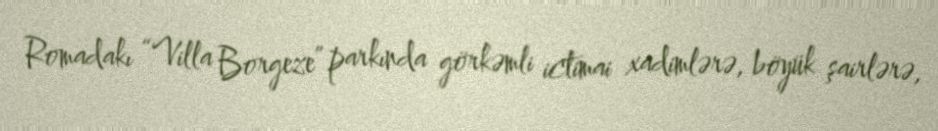
Romadakı “Villa Borgeze” parkında görkəmli ictimai xadimlərə, böyük şairlərə,